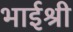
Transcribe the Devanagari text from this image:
भाईश्री